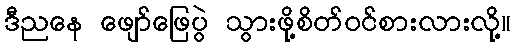
ဒီညနေ ဖျော်ဖြေပွဲ သွားဖို့စိတ်ဝင်စားလားလို့။